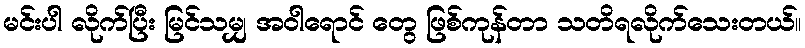
မင်းပါ လိုက်ပြီး မြင်သမျှ အဝါရောင် တွေ ဖြစ်ကုန်တာ သတိရလိုက်သေးတယ်။